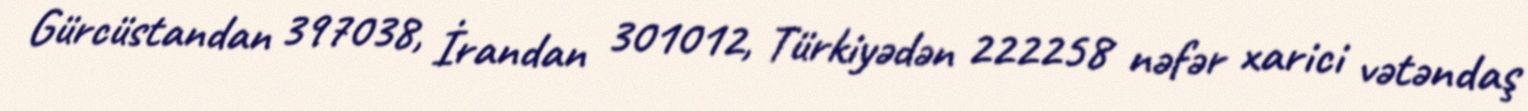
Gürcüstandan 397038, İrandan 301012, Türkiyədən 222258 nəfər xarici vətəndaş